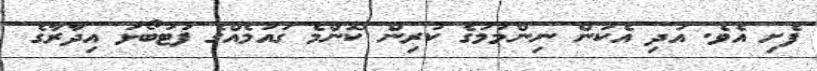
ފެށި އެވެ. އަދި އެކަން ނިންމުމުގެ ކުރިން ކޮންމެ ގައުމެއްގެ ފުޓުބޯޅަ އިދާރާގެ